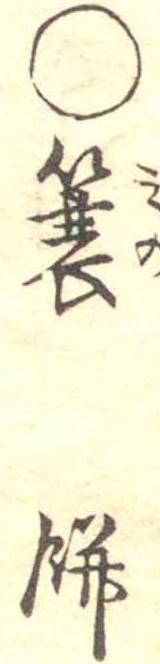
○簑餅